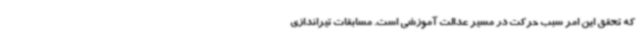
که تحقق این امر سبب حرکت در مسیر عدالت آموزشی است. مسابقات تیراندازی